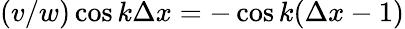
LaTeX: (v/w)\cos{k\Delta x}=-\cos{k(\Delta x-1)}